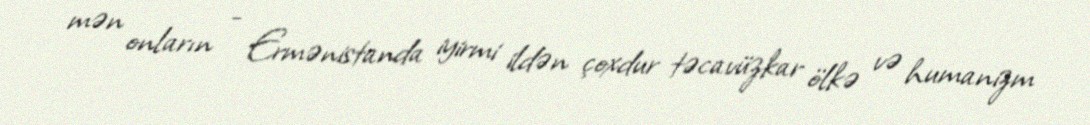
mən onların - Ermənistanda iyirmi ildən çoxdur təcavüzkar ölkə və humanizm